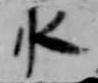
水